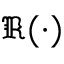
\Re ( \cdot )